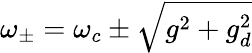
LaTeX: \omega_{\pm}=\omega_{c}\pm\sqrt{g^{2}+g_{d}^{2}}